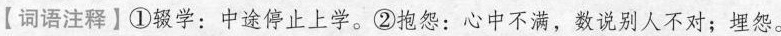
【词语注释】①辍学：中途停止上学。②抱怨：心中不满，数说别人不对；埋怨。